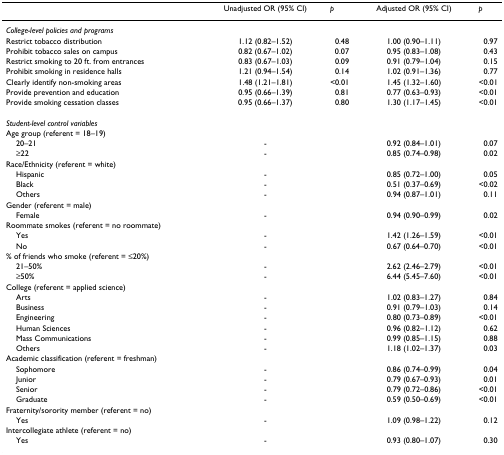
<table><thead><tr><td></td><td><b>Unadjusted OR (95% CI)</b></td><td><b><i>p</i></b></td><td><b>Adjusted OR (95% CI)</b></td><td><b><i>p</i></b></td></tr></thead><tbody><tr><td><i>College-level policies and programs</i></td><td></td><td></td><td></td><td></td></tr><tr><td>Restrict tobacco distribution</td><td>1.12 (0.82–1.52)</td><td>0.48</td><td>1.00 (0.90–1.11)</td><td>0.97</td></tr><tr><td>Prohibit tobacco sales on campus</td><td>0.82 (0.67–1.02)</td><td>0.07</td><td>0.95 (0.83–1.08)</td><td>0.43</td></tr><tr><td>Restrict smoking to 20 ft. from entrances</td><td>0.83 (0.67–1.03)</td><td>0.09</td><td>0.91 (0.79–1.04)</td><td>0.15</td></tr><tr><td>Prohibit smoking in residence halls</td><td>1.21 (0.94–1.54)</td><td>0.14</td><td>1.02 (0.91–1.36)</td><td>0.77</td></tr><tr><td>Clearly identify non-smoking areas</td><td>1.48 (1.21–1.81)</td><td>&lt;0.01</td><td>1.45 (1.32–1.60)</td><td>&lt;0.01</td></tr><tr><td>Provide prevention and education</td><td>0.95 (0.66–1.39)</td><td>0.81</td><td>0.77 (0.63–0.93)</td><td>&lt;0.01</td></tr><tr><td>Provide smoking cessation classes</td><td>0.95 (0.66–1.37)</td><td>0.80</td><td>1.30 (1.17–1.45)</td><td>&lt;0.01</td></tr><tr><td><i>Student-level control variables</i></td><td></td><td></td><td></td><td></td></tr><tr><td>Age group (referent = 18–19)</td><td></td><td></td><td></td><td></td></tr><tr><td> 20–21</td><td>-</td><td></td><td>0.92 (0.84–1.01)</td><td>0.07</td></tr><tr><td> ≥22</td><td>-</td><td></td><td>0.85 (0.74–0.98)</td><td>0.02</td></tr><tr><td>Race/Ethnicity (referent = white)</td><td></td><td></td><td></td><td></td></tr><tr><td> Hispanic</td><td>-</td><td></td><td>0.85 (0.72–1.00)</td><td>0.05</td></tr><tr><td> Black</td><td>-</td><td></td><td>0.51 (0.37–0.69)</td><td>&lt;0.02</td></tr><tr><td> Others</td><td>-</td><td></td><td>0.94 (0.87–1.01)</td><td>0.11</td></tr><tr><td>Gender (referent = male)</td><td></td><td></td><td></td><td></td></tr><tr><td> Female</td><td>-</td><td></td><td>0.94 (0.90–0.99)</td><td>0.02</td></tr><tr><td>Roommate smokes (referent = no roommate)</td><td></td><td></td><td></td><td></td></tr><tr><td> Yes</td><td>-</td><td></td><td>1.42 (1.26–1.59)</td><td>&lt;0.01</td></tr><tr><td> No</td><td>-</td><td></td><td>0.67 (0.64–0.70)</td><td>&lt;0.01</td></tr><tr><td>% of friends who smoke (referent = ≤20%)</td><td></td><td></td><td></td><td></td></tr><tr><td> 21–50%</td><td>-</td><td></td><td>2.62 (2.46–2.79)</td><td>&lt;0.01</td></tr><tr><td> ≥50%</td><td>-</td><td></td><td>6.44 (5.45–7.60)</td><td>&lt;0.01</td></tr><tr><td>College (referent = applied science)</td><td></td><td></td><td></td><td></td></tr><tr><td> Arts</td><td>-</td><td></td><td>1.02 (0.83–1.27)</td><td>0.84</td></tr><tr><td> Business</td><td>-</td><td></td><td>0.91 (0.79–1.03)</td><td>0.14</td></tr><tr><td> Engineering</td><td>-</td><td></td><td>0.80 (0.73–0.89)</td><td>&lt;0.01</td></tr><tr><td> Human Sciences</td><td>-</td><td></td><td>0.96 (0.82–1.12)</td><td>0.62</td></tr><tr><td> Mass Communications</td><td>-</td><td></td><td>0.99 (0.85–1.15)</td><td>0.88</td></tr><tr><td> Others</td><td>-</td><td></td><td>1.18 (1.02–1.37)</td><td>0.03</td></tr><tr><td>Academic classification (referent = freshman)</td><td></td><td></td><td></td><td></td></tr><tr><td> Sophomore</td><td>-</td><td></td><td>0.86 (0.74–0.99)</td><td>0.04</td></tr><tr><td> Junior</td><td>-</td><td></td><td>0.79 (0.67–0.93)</td><td>0.01</td></tr><tr><td> Senior</td><td>-</td><td></td><td>0.79 (0.72–0.86)</td><td>&lt;0.01</td></tr><tr><td> Graduate</td><td>-</td><td></td><td>0.59 (0.50–0.69)</td><td>&lt;0.01</td></tr><tr><td>Fraternity/sorority member (referent = no)</td><td></td><td></td><td></td><td></td></tr><tr><td> Yes</td><td>-</td><td></td><td>1.09 (0.98–1.22)</td><td>0.12</td></tr><tr><td>Intercollegiate athlete (referent = no)</td><td></td><td></td><td></td><td></td></tr><tr><td> Yes</td><td>-</td><td></td><td>0.93 (0.80–1.07)</td><td>0.30</td></tr></tbody></table>